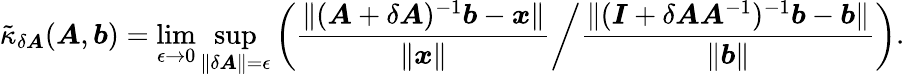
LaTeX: \tilde{\kappa}_{\delta\boldsymbol{A}}(\boldsymbol{A},\boldsymbol{b})=\operatorname*{lim}_{\epsilon\rightarrow 0}\operatorname*{sup}_{\Vert\delta\boldsymbol{A}\Vert=\epsilon}\left(\left.\frac{\Vert(\boldsymbol{A}+\delta\boldsymbol{A})^{-1}\boldsymbol{b}-\boldsymbol{x}\Vert}{\Vert\boldsymbol{x}\Vert}\right/\frac{\Vert(\boldsymbol{I}+\delta\boldsymbol{A}\boldsymbol{A}^{-1})^{-1}\boldsymbol{b}-\boldsymbol{b}\Vert}{\Vert\boldsymbol{b}\Vert}\right).